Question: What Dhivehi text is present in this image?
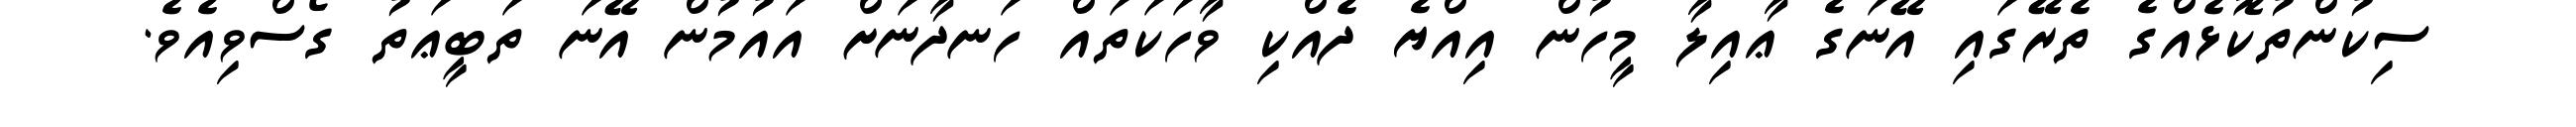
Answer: ސިކުންތުކޮޅެއްގެ ތެރޭގައި އޭނަގެ ޢާއިލާ މީހުން އިއްޔެ ދެއްކި ވާހަކަތައް ހަނދާނަށް އައުމުން އޭނަ ތަބީޢަތު ގޯސްވިއެވެ.